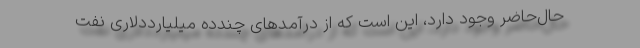
‌حال‌حاضر وجود دارد، این است كه از درآمدهای چند‌ده میلیارد‌دلاری نفت